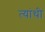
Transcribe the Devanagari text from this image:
त्यांथी